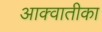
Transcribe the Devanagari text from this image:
आक्वातीका